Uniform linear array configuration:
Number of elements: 64
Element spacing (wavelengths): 1
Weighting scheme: binomial
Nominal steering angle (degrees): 60
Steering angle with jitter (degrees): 61.484
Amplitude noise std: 0.05
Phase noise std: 0.05

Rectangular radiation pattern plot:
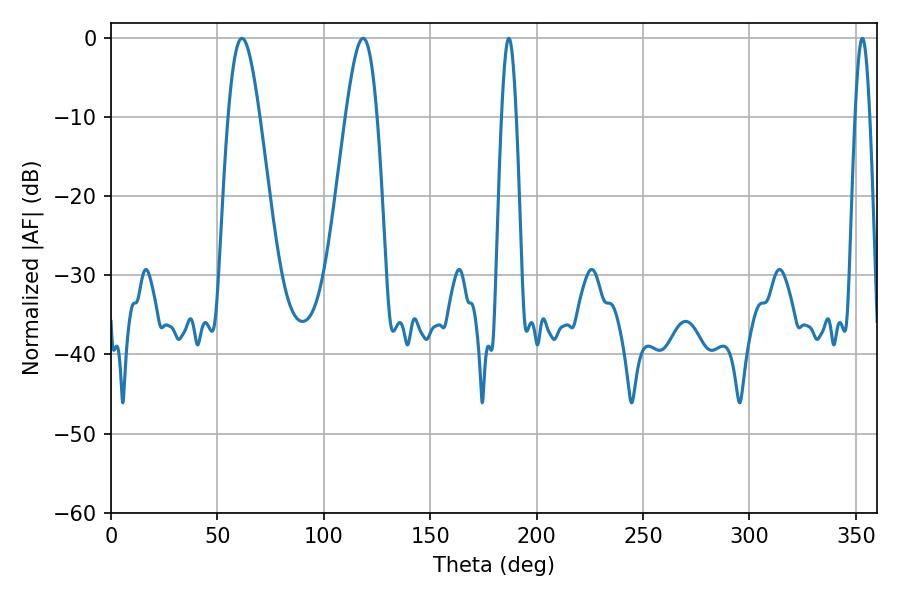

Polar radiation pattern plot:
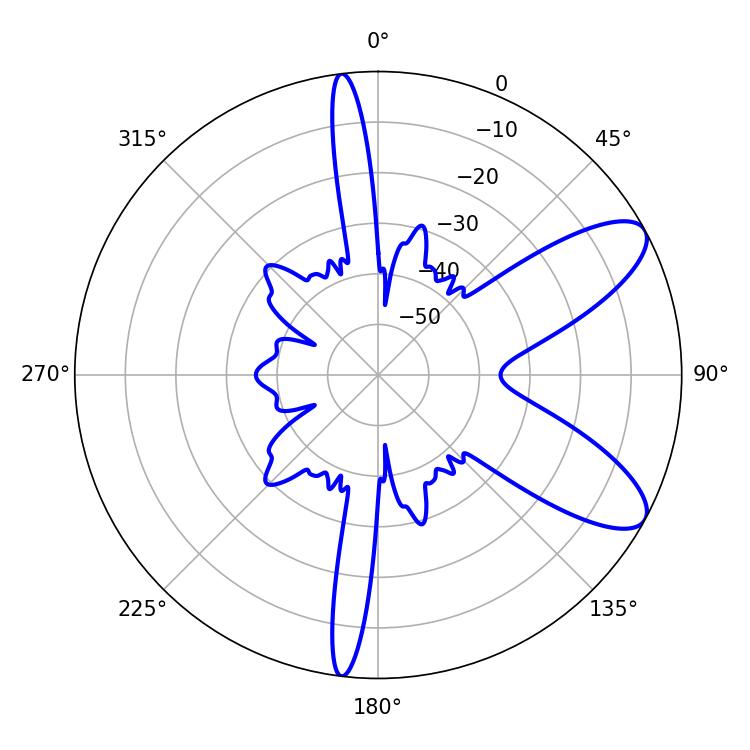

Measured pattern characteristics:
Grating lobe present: TRUE
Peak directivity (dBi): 9.017
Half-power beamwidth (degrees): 7.92
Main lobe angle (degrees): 61.56